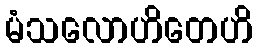
မံသလောဟိတေဟိ